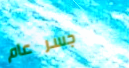
جسر عام